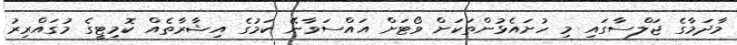
މާދަމާގެ ޖަލްސާގައި މި ހުށައެޅުންތަކަށް ވޯޓަށް އައްސަވާނޭ ކަމުގެ އިޝާރާތެއް ކޮމިޓީގެ މުގައްރިރު